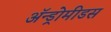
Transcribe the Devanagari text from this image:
ॲन्ड्रोमीडस